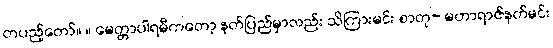
တပည့်တော်။ ။ မေတ္တာပါရမီကတော့ နတ်ပြည်မှာလည်း သိကြားမင်း စာတု- မဟာရာဇ်နတ်မင်း